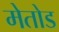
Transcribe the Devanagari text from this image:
मेतोड